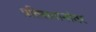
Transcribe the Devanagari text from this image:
प्रतिसमानांतर